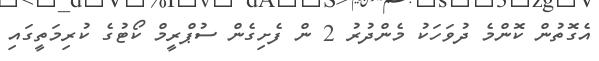
އެގޮތުން ކޮންމެ ދުވަހަކު މެންދުރު 2 ން ފެށިގެން ސުޕްރީމް ކޯޓުގެ ކުރިމަތީގައި